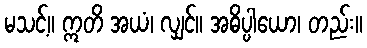
မသင့်။ ဣတိ အယံ၊ လျှင်။ အဓိပ္ပါယော၊ တည်း။